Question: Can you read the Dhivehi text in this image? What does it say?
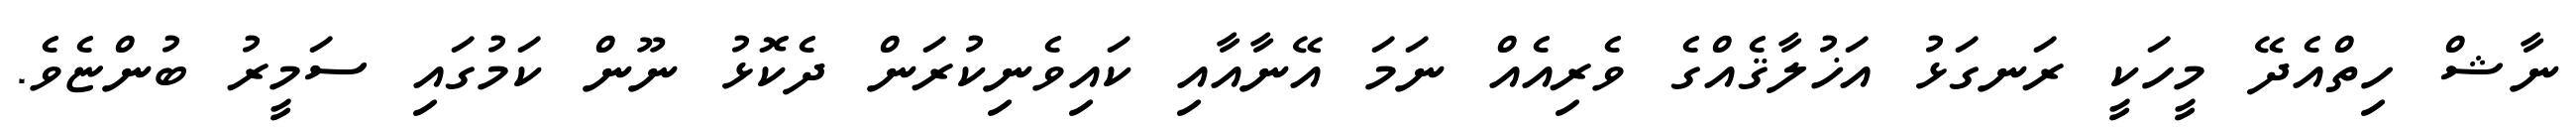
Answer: ނާޝް ހިތްއެދޭ މީހަކީ ރަނގަޅު އަޚުލާޤެއްގެ ވެރިއެއް ނަމަ އޭނާއާއި ކައިވެނިކުރަން ދެކޮޅު ނޫން ކަމުގައި ސަމީރު ބުންޏެވެ.